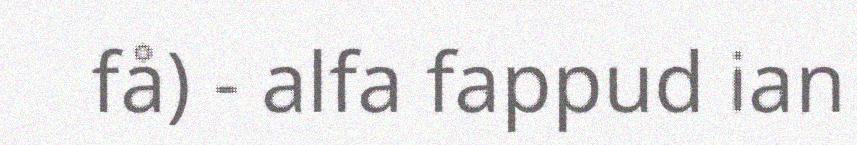
få) - alfa fappud ian